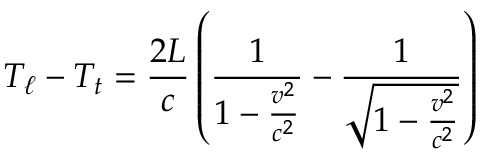
T _ { \ell } - T _ { t } = { \frac { 2 L } { c } } \left( { \frac { 1 } { 1 - { \frac { v ^ { 2 } } { c ^ { 2 } } } } } - { \frac { 1 } { \sqrt { 1 - { \frac { v ^ { 2 } } { c ^ { 2 } } } } } } \right)